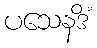
ပသေနဒိံ